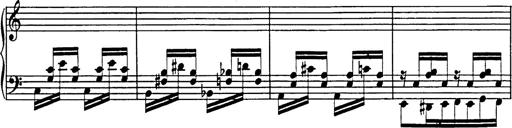
Title: Galop in A minor
Composer: Franz Liszt
Key: A minor